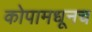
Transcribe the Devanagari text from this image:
कोपामधूनच